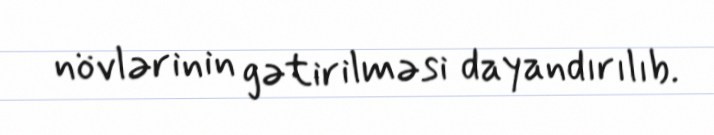
növlərinin gətirilməsi dayandırılıb.